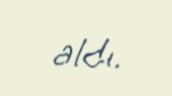
aldı.